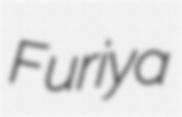
Furiya